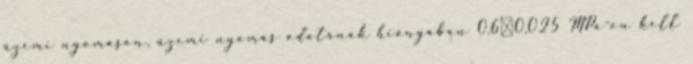
üzemi nyomáson, üzemi nyomás adatának hiányában 0,60,025 MPa-on kell